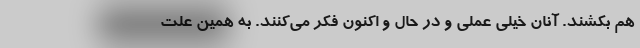
هم بكشند. آنان خيلي عملي و در حال و اكنون فكر مي‌كنند. به همين علت